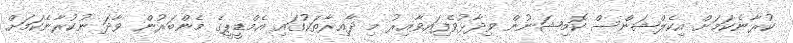
ކުރާނެކަމަށް އިކެލްޝަންސް ކޮމިޝަނުން ވިދާޅުވެފަިއވާއިރު މި ދާއިރާތަކުގައި އެމްޑީޕީގެ މެންބަރުން ވާދަ ނުކުރާނެކަމަށް